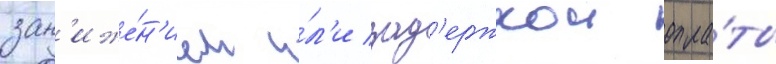
зан'иже́н'ием и́л'и зад'ержкои опла́ты